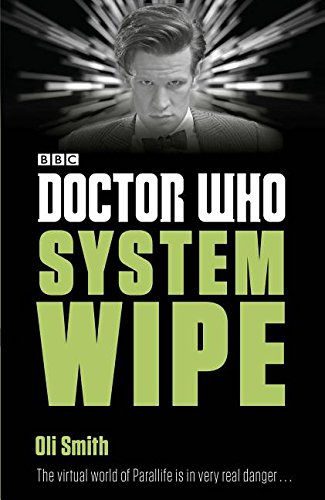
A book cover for Doctor Who: System Wipe; Oli Smith; Science Fiction & Fantasy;